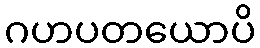
ဂဟပတယောပိ